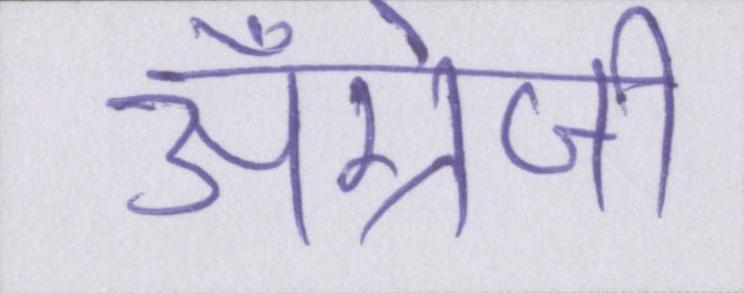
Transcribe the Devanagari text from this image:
अँग्रेजी